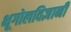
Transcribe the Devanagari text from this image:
भूगोलविज्ञानी